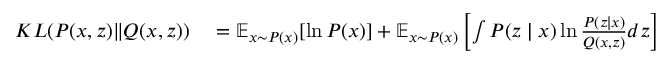
\begin{array} { r l } { K L ( P ( x , z ) \| Q ( x , z ) ) } & { { } = \mathbb { E } _ { x \sim { P } ( x ) } [ \ln { P } ( x ) ] + \mathbb { E } _ { x \sim { P } ( x ) } \left[ \int P ( z \mid x ) \ln \frac { P ( z \mid x ) } { Q ( x , z ) } d z \right] } \end{array}